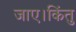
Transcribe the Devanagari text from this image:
जाए।किंतु